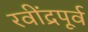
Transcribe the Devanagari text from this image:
रवींद्रपूर्व